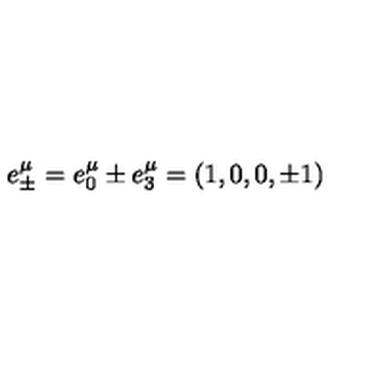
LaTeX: e _ { \pm } ^ { \mu } = e _ { 0 } ^ { \mu } \pm e _ { 3 } ^ { \mu } = \left( 1 , 0 , 0 , \pm 1 \right)